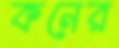
কনের